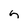
Character: h